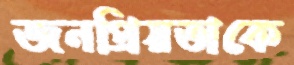
জনপ্রিয়তাকে